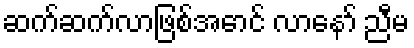
ဆက်ဆက်လာဖြစ်အောင် လာနော် ညီမ